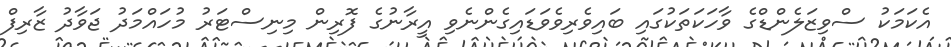
އެކަމަކު ސްވިޒަލެންޑްގެ ވާހަކަތަކުގައި ބައިވެރިވެވަޑައިގެންނެވި އީރާނުގެ ފޮރިން މިނިސްޓަރު މުހައްމަދު ޖަވާދު ޒާރިފް